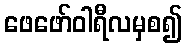
ဖေဖော်ဝါရီလမှစ၍